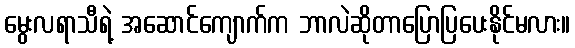
မွေးလရာသီရဲ့ အဆောင်ကျောက်က ဘာလဲဆိုတာပြောပြပေးနိုင်မလား။